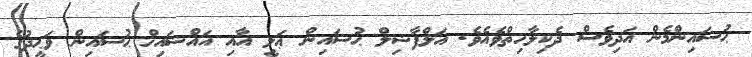
ޙުސައިންމެން އަދިވެސް ދެކިލާހިތްވެއެވެ. އަލްފާޟިލް ޙުސައިން ޢަލީ އާއި އައްޝައިޚް ޙުސައިން ވަޙީދުގެ